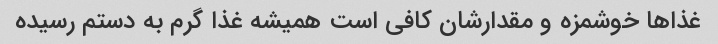
غذا‌ها خوشمزه و مقدارشان کافی است همیشه غذا گرم به دستم رسیده